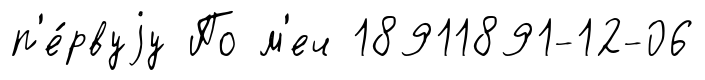
п'е́рвуjу По м'еч 18911891-12-06